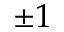
\pm 1